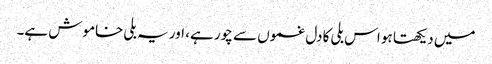
میں دیکھتا ہو اس بلی کا دل غموں سے چور ہے، اور یہ بلی خاموش ہے۔